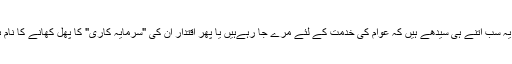
کیا یہ سب اتنے ہی سیدھے ہیں کہ عوام کی خدمت کے لئے مرے جا رہےہیں یا پھر اقتدار ان کی "سرمایہ کاری" کا پھل کھانے کا نام ہے۔